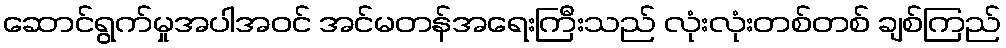
ဆောင်ရွက်မှုအပါအဝင် အင်မတန်အရေးကြီးသည် လုံးလုံးတစ်တစ် ချစ်ကြည်